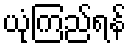
ယုံကြည်ရန်